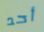
أحد